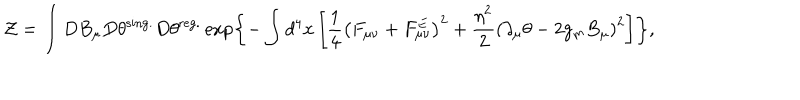
{ \cal Z } = \int D B _ { \mu } D \theta ^ { \mathrm { s i n g . } } D \theta ^ { \mathrm { r e g . } } \exp \left\{ - \int d ^ { 4 } x \left[ \frac 1 4 \left( F _ { \mu \nu } + F _ { \mu \nu } ^ { E } \right) ^ { 2 } + \frac { \eta ^ { 2 } } { 2 } \left( \partial _ { \mu } \theta - 2 g _ { m } B _ { \mu } \right) ^ { 2 } \right] \right\} ,